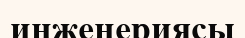
инженериясы